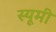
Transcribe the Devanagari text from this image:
स्यूमी